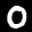
Label: 0